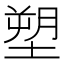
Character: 塑